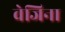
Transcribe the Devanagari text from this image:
वेजिना